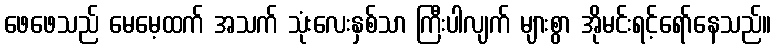
ဖေဖေသည် မေမေ့ထက် အသက် သုံးလေးနှစ်သာ ကြီးပါလျက် များစွာ အိုမင်းရင့်ရော်နေသည်။